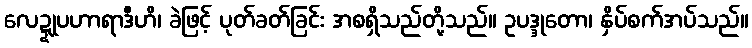
လေဍ္ဍုပဟာရာဒီဟိ၊ ခဲဖြင့် ပုတ်ခတ်ခြင်း အစရှိသည်တို့သည်။ ဥပဒ္ဒုတော၊ နှိပ်စက်အပ်သည်။